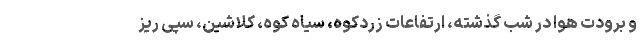
و برودت هوا در شب گذشته، ارتفاعات زردکوه، سیاه کوه، کلاشین، سپی ریز